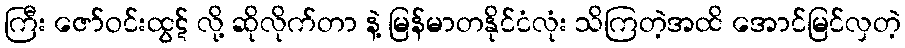
ကြီး ဇော်ဝင်းထွဋ် လို့ ဆိုလိုက်တာ နဲ့ မြန်မာတနိုင်ငံလုံး သိကြတဲ့အထိ အောင်မြင်လှတဲ့